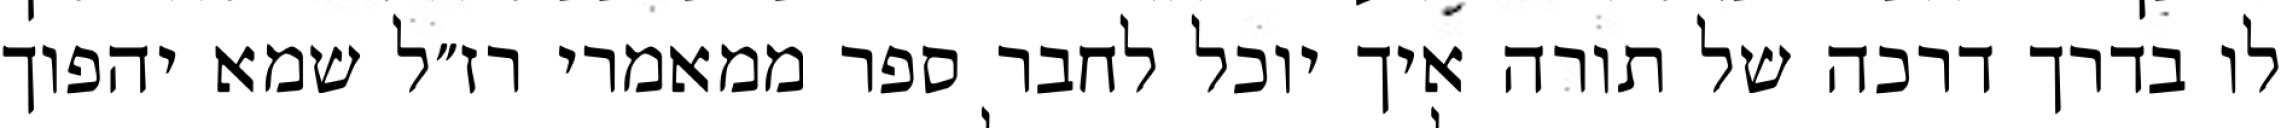
לו בדרך דרכה של תורה איך יוכל לחבר ספר ממאמרי רז״ל שמא יהפוך